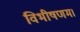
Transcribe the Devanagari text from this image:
विभीषणम।